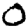
Digit: 0